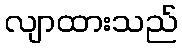
လျာထားသည်